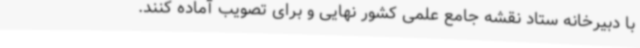
با دبیرخانه ستاد نقشه جامع علمی کشور نهایی و برای تصویب آماده کنند.